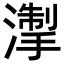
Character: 𪷘